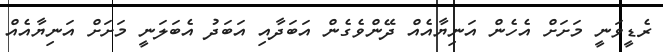
ރެޑީވަނީ މަށަށް އެހެން އަނިޔާއެއް ދޭންވެގެން އަބަދާއި އަބަދު އެބަލަނީ މަށަށް އަނިޔާއެއް